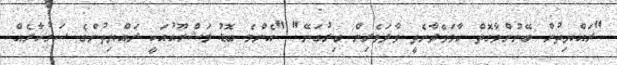
"ރައްޔިތުން ބޭނުންވާގޮތް ހާމަވެދާނެތީ ވާދަވެރިން ބިރުގަނޭ" "އެންމެ ބޮޑު މަޝްރޫއުއަކީ ރައްޔިތުންގެ ސަރުކާރެއް